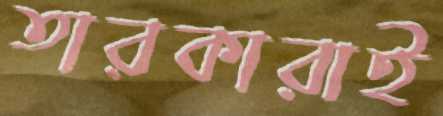
তারকারাই